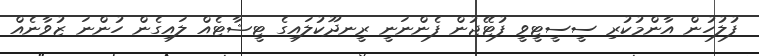
ފުލުހުން އާންމުކުރި ސީސީޓީވީ ފުޓޭޖުން ފެންނަނީ ރީނދޫކުލައިގެ ޓީޝާޓެއް ލައިގެން ހުންނަ ޒުވާނެއް